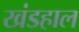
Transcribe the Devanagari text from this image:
खंडहाल